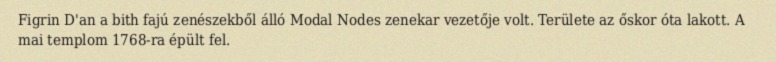
Figrin D'an a bith fajú zenészekből álló Modal Nodes zenekar vezetője volt. Területe az őskor óta lakott. A mai templom 1768-ra épült fel.